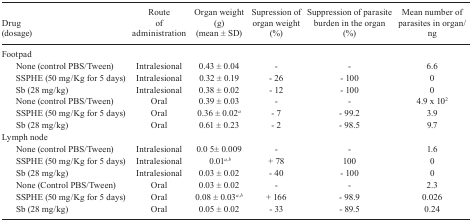
<table><thead><tr><td><b>Drug(dosage)</b></td><td><b>Route ofadministration</b></td><td><b>Organ weight (g)(mean ± SD)</b></td><td><b>Supression of organweight (%)</b></td><td><b>Suppression ofparasite burden in the organ (%)</b></td><td><b>Mean number ofparasites in organ/ng</b></td></tr></thead><tbody><tr><td>Footpad</td><td></td><td></td><td></td><td></td><td></td></tr><tr><td>None (control PBS/Tween)</td><td>Intralesional</td><td>0.43 ± 0.04</td><td>-</td><td>-</td><td>6.6</td></tr><tr><td>SSPHE (50 mg/Kg for 5 days)</td><td>Intralesional</td><td>0.32 ± 0.19</td><td>- 26</td><td>- 100</td><td>0</td></tr><tr><td>Sb (28 mg/kg)</td><td>Intralesional</td><td>0.38 ± 0.02</td><td>- 12</td><td>- 100</td><td>0</td></tr><tr><td>None (control PBS/Tween)</td><td>Oral</td><td>0.39 ± 0.03</td><td>-</td><td>-</td><td>4.9 x 10<sup>2</sup></td></tr><tr><td>SSPHE (50 mg/Kg for 5 days)</td><td>Oral</td><td>0.36 ± 0.02<sup><i>a</i></sup></td><td>- 7</td><td>- 99.2</td><td>3.9</td></tr><tr><td>Sb (28 mg/kg)</td><td>Oral</td><td>0.61 ± 0.23</td><td>- 2</td><td>- 98.5</td><td>9.7</td></tr><tr><td>Lymph node</td><td></td><td></td><td></td><td></td><td></td></tr><tr><td>None (control PBS/Tween)</td><td>Intralesional</td><td>0.0 5± 0.009</td><td>-</td><td>-</td><td>1.6</td></tr><tr><td>SSPHE (50 mg/Kg for 5 days)</td><td>Intralesional</td><td>0.01<sup><i>a,b</i></sup></td><td>+ 78</td><td>100</td><td>0</td></tr><tr><td>Sb (28 mg/kg)</td><td>Intralesional</td><td>0.03 ± 0.02</td><td>- 40</td><td>- 100</td><td>0</td></tr><tr><td>None (Control PBS/Tween)</td><td>Oral</td><td>0.03 ± 0.02</td><td>-</td><td>-</td><td>2.3</td></tr><tr><td>SSPHE (50 mg/Kg for 5 days)</td><td>Oral</td><td>0.08 ± 0.03<sup><i>a,b</i></sup></td><td>+ 166</td><td>- 98.9</td><td>0.026</td></tr><tr><td>Sb (28 mg/kg)</td><td>Oral</td><td>0.05 ± 0.02</td><td>- 33</td><td>- 89.5</td><td>0.24</td></tr></tbody></table>